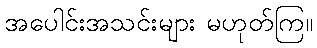
အပေါင်းအသင်းများ မဟုတ်ကြ။